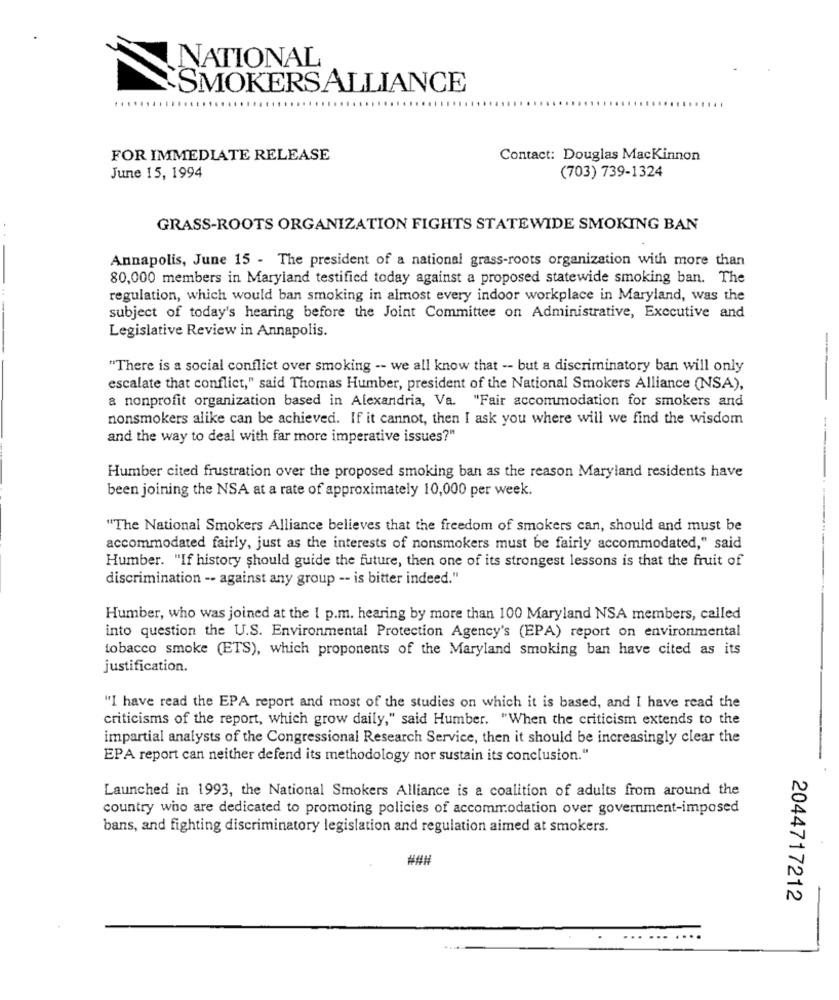
NATIONAL
SMOKERSALLIANCE
FOR IMMEDIATE RELEASE
Contact: Douglas Mackinnon
June 15, 1994
(703) 739-1324
GRASS-ROOTS ORGANIZATION FIGHTS STATEWIDE SMOKING BAN
Annapolis, June 15 - The president of a national grass-roots organization with more than
80,000 members in Maryland testified today against a proposed statewide smoking ban. The
regulation, which would ban smoking in almost every indoor workplace in Maryland, was the
subject of today's hearing before the Joint Committee on Administrative, Executive and
Legislative Review in Annapolis.
"There is a social conflict over smoking -- we all know that -- but a discriminatory ban will only
escalate that conflict," said Thomas Humber, president of the National Smokers Alliance (NSA),
a nonprofit organization based in Alexandria, Va. "Fair accommodation for smokers and
nonsmokers alike can be achieved. If it cannot, then I ask you where will we find the wisdom
and the way to deal with far more imperative issues?"
Humber cited frustration over the proposed smoking ban as the reason Maryland residents have
been joining the NSA at a rate of approximately 10,000 per week.
"The National Smokers Alliance believes that the freedom of smokers can, should and must be
accommodated fairly, just as the interests of nonsmokers must be fairly accommodated," said
Humber. "If history should guide the future, then one of its strongest lessons is that the fruit of
discrimination -- against any group -- is bitter indeed."
Humber, who was joined at the 1 p.m. hearing by more than 100 Maryland NSA members, called
into question the U.S. Environmental Protection Agency's (EPA) report on environmental
tobacco smoke (ETS), which proponents of the Maryland smoking ban have cited as its
justification.
"I have read the EPA report and most of the studies on which it is based, and I have read the
criticisms of the report, which grow daily," said Humber. "When the criticism extends to the
impartial analysts of the Congressional Research Service, then it should be increasingly clear the
EPA report can neither defend its methodology nor sustain its conclusion."
Launched in 1993, the National Smokers Alliance is a coalition of aduits from around the
country who are dedicated to promoting policies of accommodation over government-imposed
bans, and fighting discriminatory legislation and regulation aimed at smokers.
###
2044717212
... ... ....